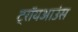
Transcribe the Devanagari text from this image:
ट्रॉयआउंस